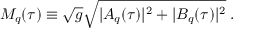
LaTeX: M _ { q } ( \tau ) \equiv \sqrt g \sqrt { | A _ { q } ( \tau ) | ^ { 2 } + | B _ { q } ( \tau ) | ^ { 2 } } \; .